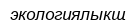
экологиялықщ